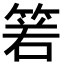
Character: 𥮷